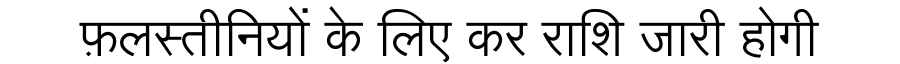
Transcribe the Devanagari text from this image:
फ़लस्तीनियों के लिए कर राशि जारी होगी